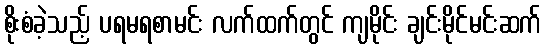
စိုးစံခဲ့သည့် ပရမရစာမင်း လက်ထက်တွင် ကျမိုင်း ချင်းမိုင်မင်းဆက်